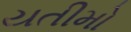
યતીમો